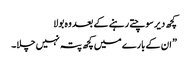
کچھ دیر سوچتے رہنے کے بعد وہ بولا
” ان کے بارے میں کچھ پتہ نہیں چلا۔